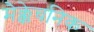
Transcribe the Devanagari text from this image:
मैक्केचनिक